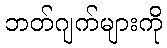
ဘတ်ဂျက်များကို